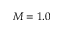
M = 1 . 0